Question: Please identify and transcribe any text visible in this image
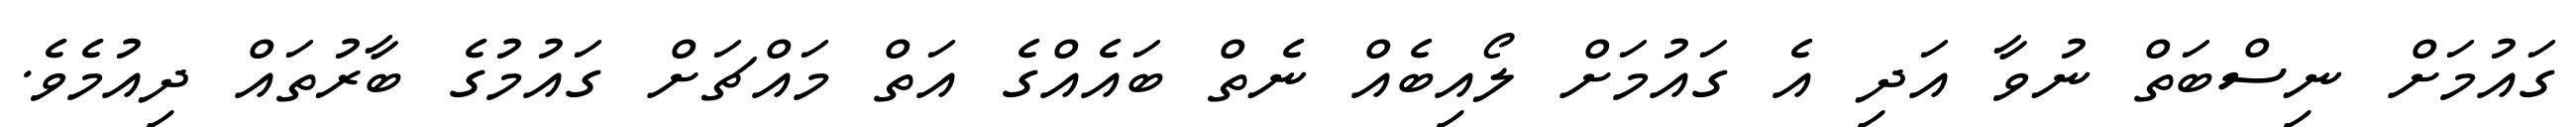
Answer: ގައުމަށް ނިސްބަތް ނުވާ އަދި އެ ގައުމަށް ލޯއިބެއް ނެތް ބައެއްގެ އަތް މައްޗަށް ގައުމުގެ ބާރުތައް ދިއުމެވެ.